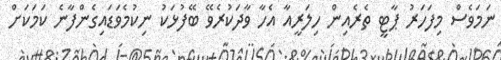
ނަމަވެސް މިފަހަރު ޕާޓީ ތެރެއިން ހިލަރީއާ އެހާ ވާދަކުރެވޭ ބޭފުޅަކު ނިކުމެވަޑައިގެންފާނެ ކަމަކަށް